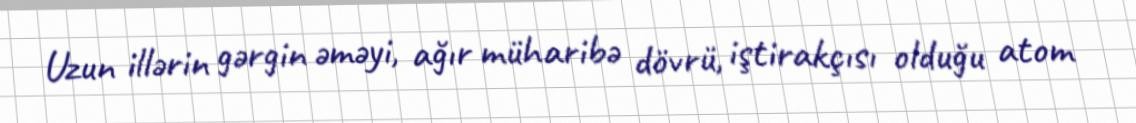
Uzun illərin gərgin əməyi, ağır müharibə dövrü, iştirakçısı olduğu atom